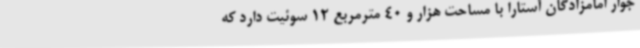
جوار امامزادگان آستارا با مساحت هزار و 40 مترمربع 12 سوئیت دارد که